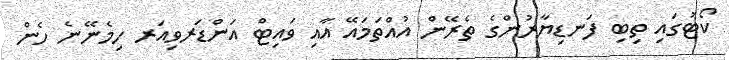
ކޯޓުގައި ތިބި ފަނޑިޔާރުންގެ ތެރޭން އުއްތަމައޭ އާއި ވައިޓް އަންޑަރވިއަރ ހިމެނޭނެ ހެން